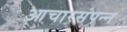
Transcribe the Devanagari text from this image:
आचारसंपन्‍न